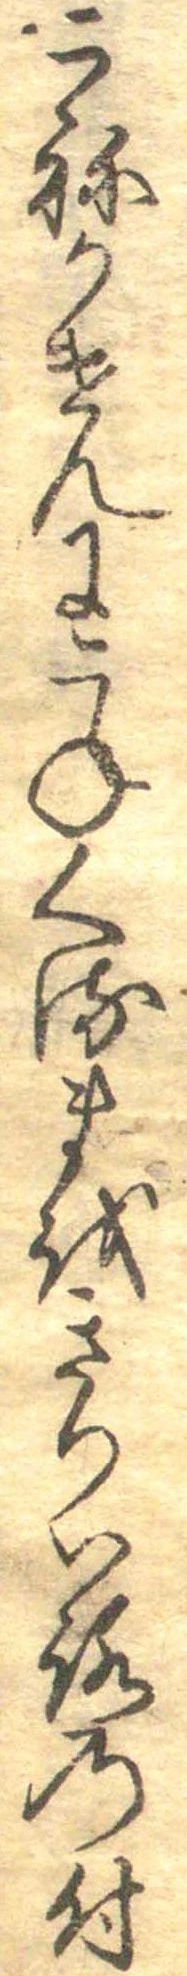
こねかけんにこねくるまをきりいろの付